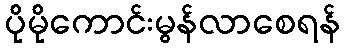
ပိုမိုကောင်းမွန်လာစေရန်